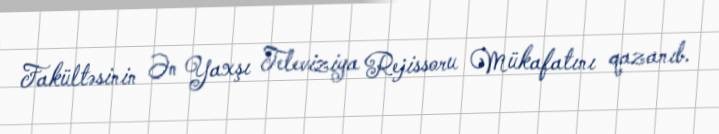
Fakültəsinin Ən Yaxşı Televiziya Rejissoru Mükafatını qazanıb.